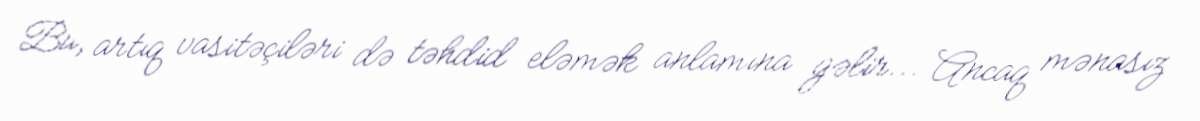
Bu, artıq vasitəçiləri də təhdid eləmək anlamına gəlir... Ancaq mənasız